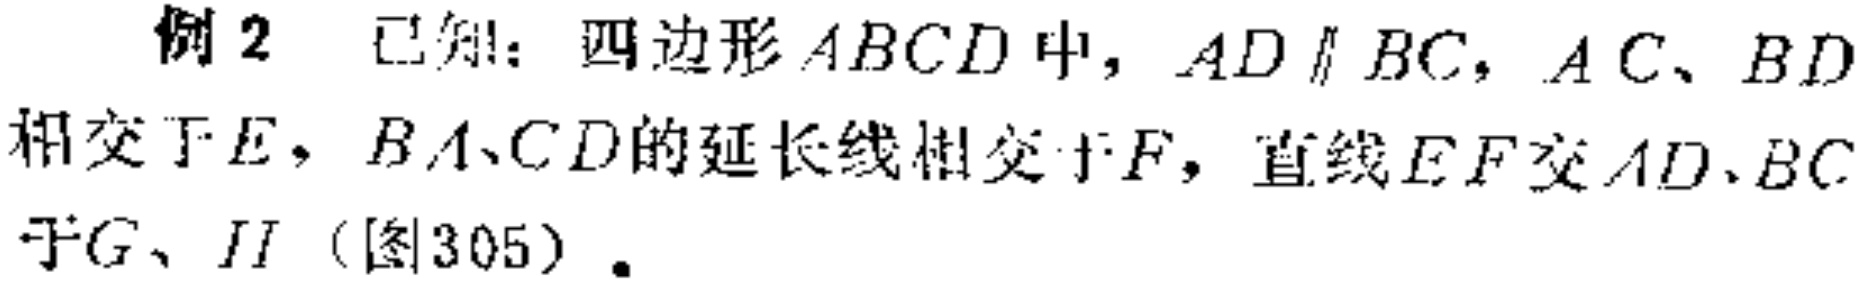
例2 已知：四边形\(ABCD\)中，\(AD\parallel BC\)，\(AC、BD\)相交于\(E\)，\(BA、CD\)的延长线相交于\(F\)，直线\(EF\)交\(AD、BC\)于\(G、H\)（图305）.